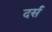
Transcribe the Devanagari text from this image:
दर्स